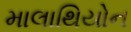
માલાથિયોન